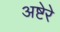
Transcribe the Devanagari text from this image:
अष्टेरे